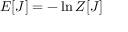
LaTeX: E [ J ] = - \ln Z [ J ]